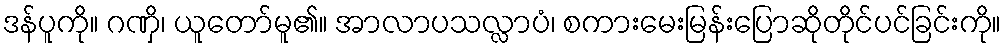
ဒန်ပူကို။ ဂဏှိ၊ ယူတော်မူ၏။ အာလာပသလ္လာပံ၊ စကားမေးမြန်းပြောဆိုတိုင်ပင်ခြင်းကို။